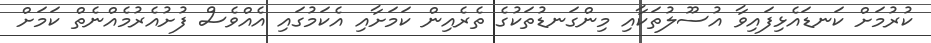
ކުރުމަށް ކަނޑައެޅިފައިވާ އުސޫލުތަކާއި މިންގަނޑުތަކުގެ ތެރެއިން ކަމަށާއި އެކަމުގައި އެއްވެސް ފުށުއެރުމެއްނެތް ކަމަށް